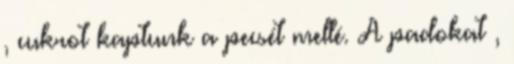
, cukrot kaptunk a pecsét mellé. A padokat ,